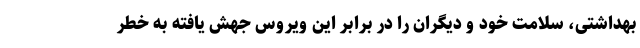
بهداشتی، سلامت خود و دیگران را در برابر این ویروس جهش یافته به خطر